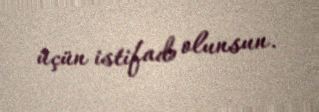
üçün istifadə olunsun.